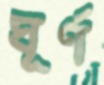
ঘূর্ণ